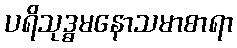
ပရိသုဒ္ဓမနောသမာစာရာ